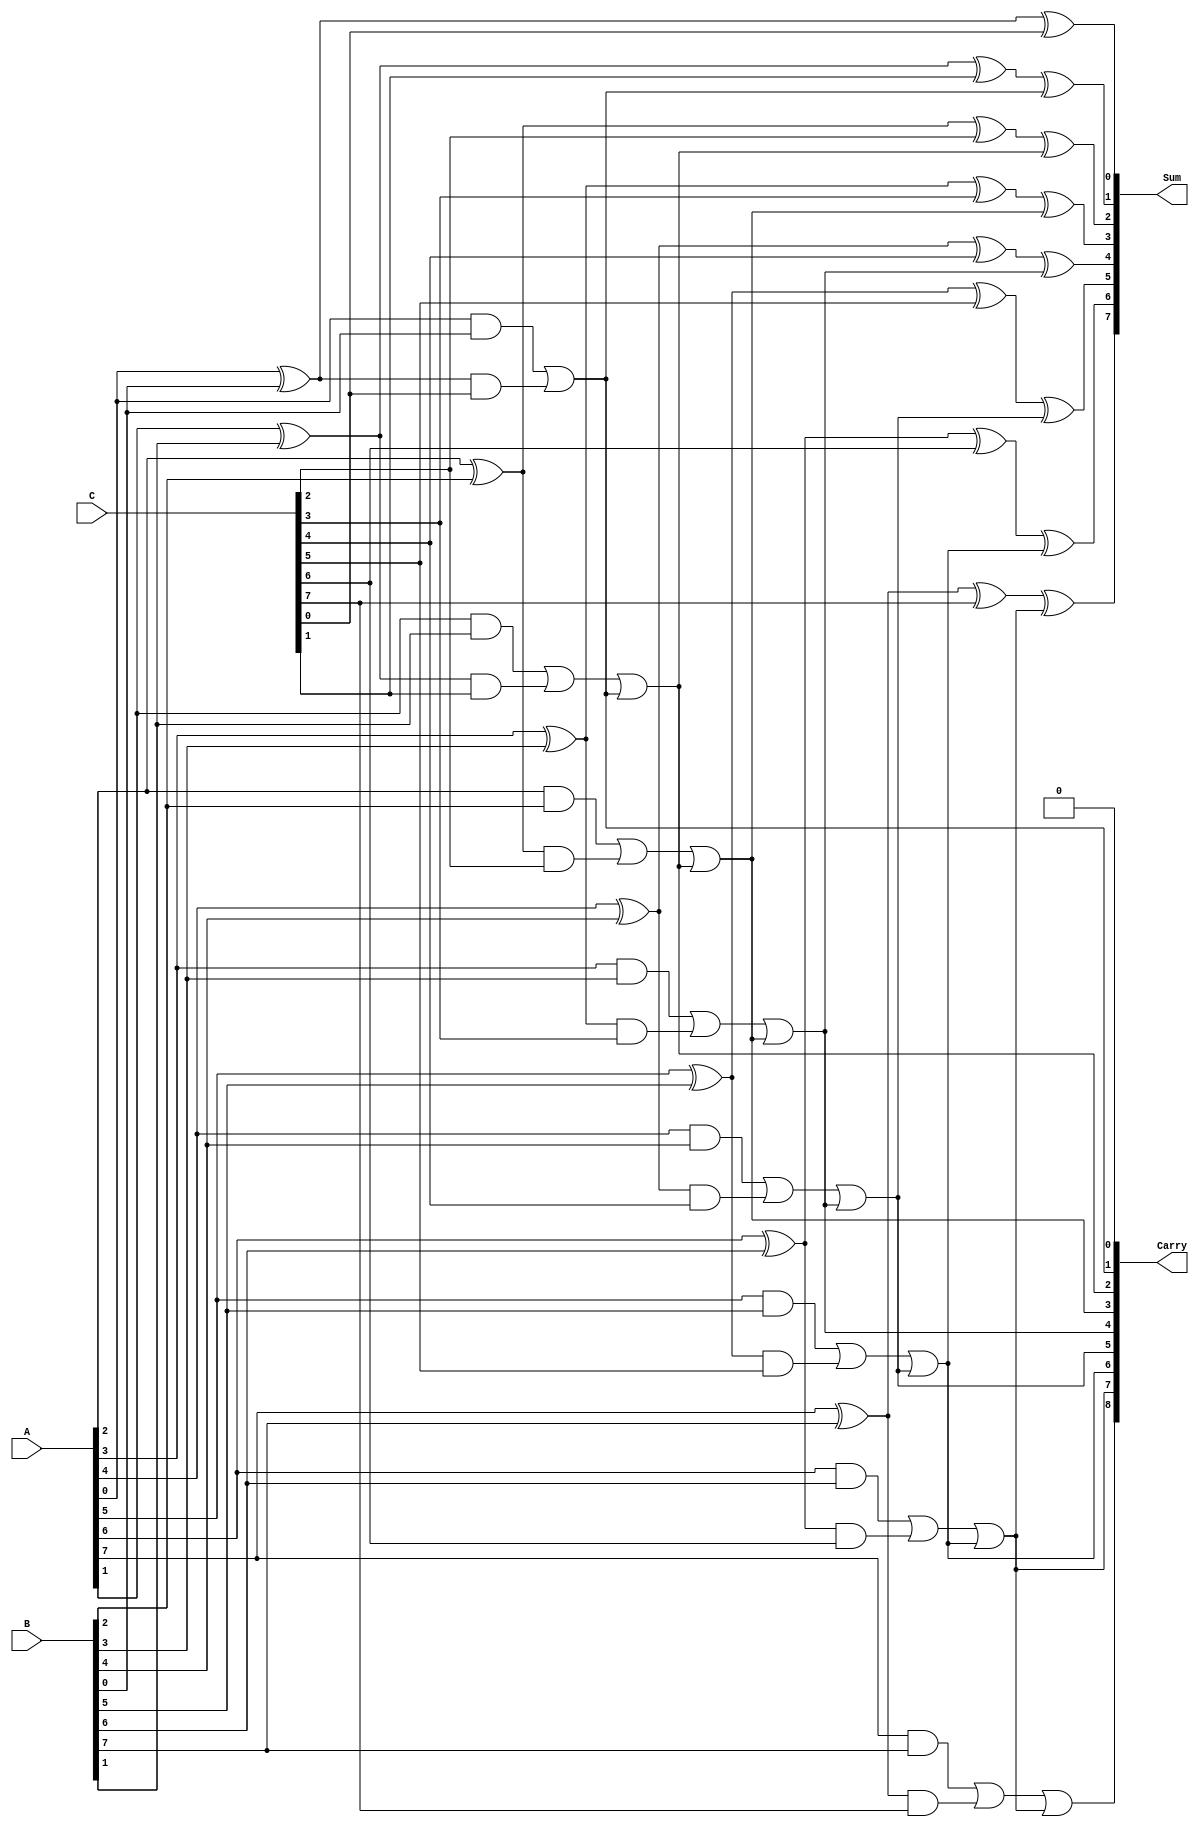
module ModifiedCarrySaveAdder #(parameter n = 8) (
    input  [n-1:0] A,  // First operand
    input  [n-1:0] B,  // Second operand
    input  [n-1:0] C,  // Third operand
    output [n-1:0] Sum, // Final sum output
    output [n:0]   Carry // Final carry output
);

    wire [n-1:0] P1, P2; // Partial sums
    wire [n-1:0] C1, C2; // Partial carries

    // Generate partial sums and carries for each bit position
    genvar i;
    generate
        for (i = 0; i < n; i = i + 1) begin : adder_stage
            // Half adder for the first two operands
            assign P1[i] = A[i] ^ B[i]; // Sum of A and B
            assign C1[i] = A[i] & B[i]; // Carry from A and B

            // Full adder for the third operand
            assign P2[i] = P1[i] ^ C[i]; // Sum of previous sum and C
            assign C2[i] = P1[i] & C[i]; // Carry from previous sum and C
        end
    endgenerate

    // Final carry computation
    wire [n:0] final_carry;
    assign final_carry[0] = 0; // Initial carry is zero

    // Generate final sum and carry
    generate
        for (i = 0; i < n; i = i + 1) begin : final_stage
            assign Sum[i] = P2[i] ^ final_carry[i]; // Final sum
            assign final_carry[i + 1] = C1[i] | C2[i] | final_carry[i]; // Final carry
        end
    endgenerate

    assign Carry = final_carry; // Final carry output

endmodule